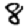
Digit: 8